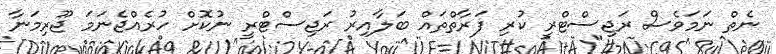
ނެތް ނަމަވެސް ރަޖިސްޓްރީ ކުރި ފަރާތްތައް ބަލާއިރު ރަޖިސްޓްރީ ނުކޮށް ހުރެއްޖެނަމަ ޖޫރިމަނާ